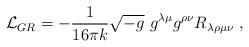
LaTeX: \begin{align*}{\cal L}_{GR} = - \frac{1}{16 \pi k}\sqrt{-g}~ g^{\lambda \mu}g^{\rho \nu}R_{\lambda \rho \mu \nu}~,\end{align*}